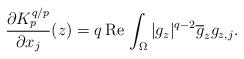
LaTeX: \begin{align*}\frac{\partial{K_p^{q/p}}}{\partial{x_j}}(z)=q\,\mathrm{Re}\,\int_\Omega|g_z|^{q-2}\overline{g}_zg_{z,j}.\end{align*}